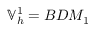
\mathbb { V } _ { h } ^ { 1 } = B D M _ { 1 }